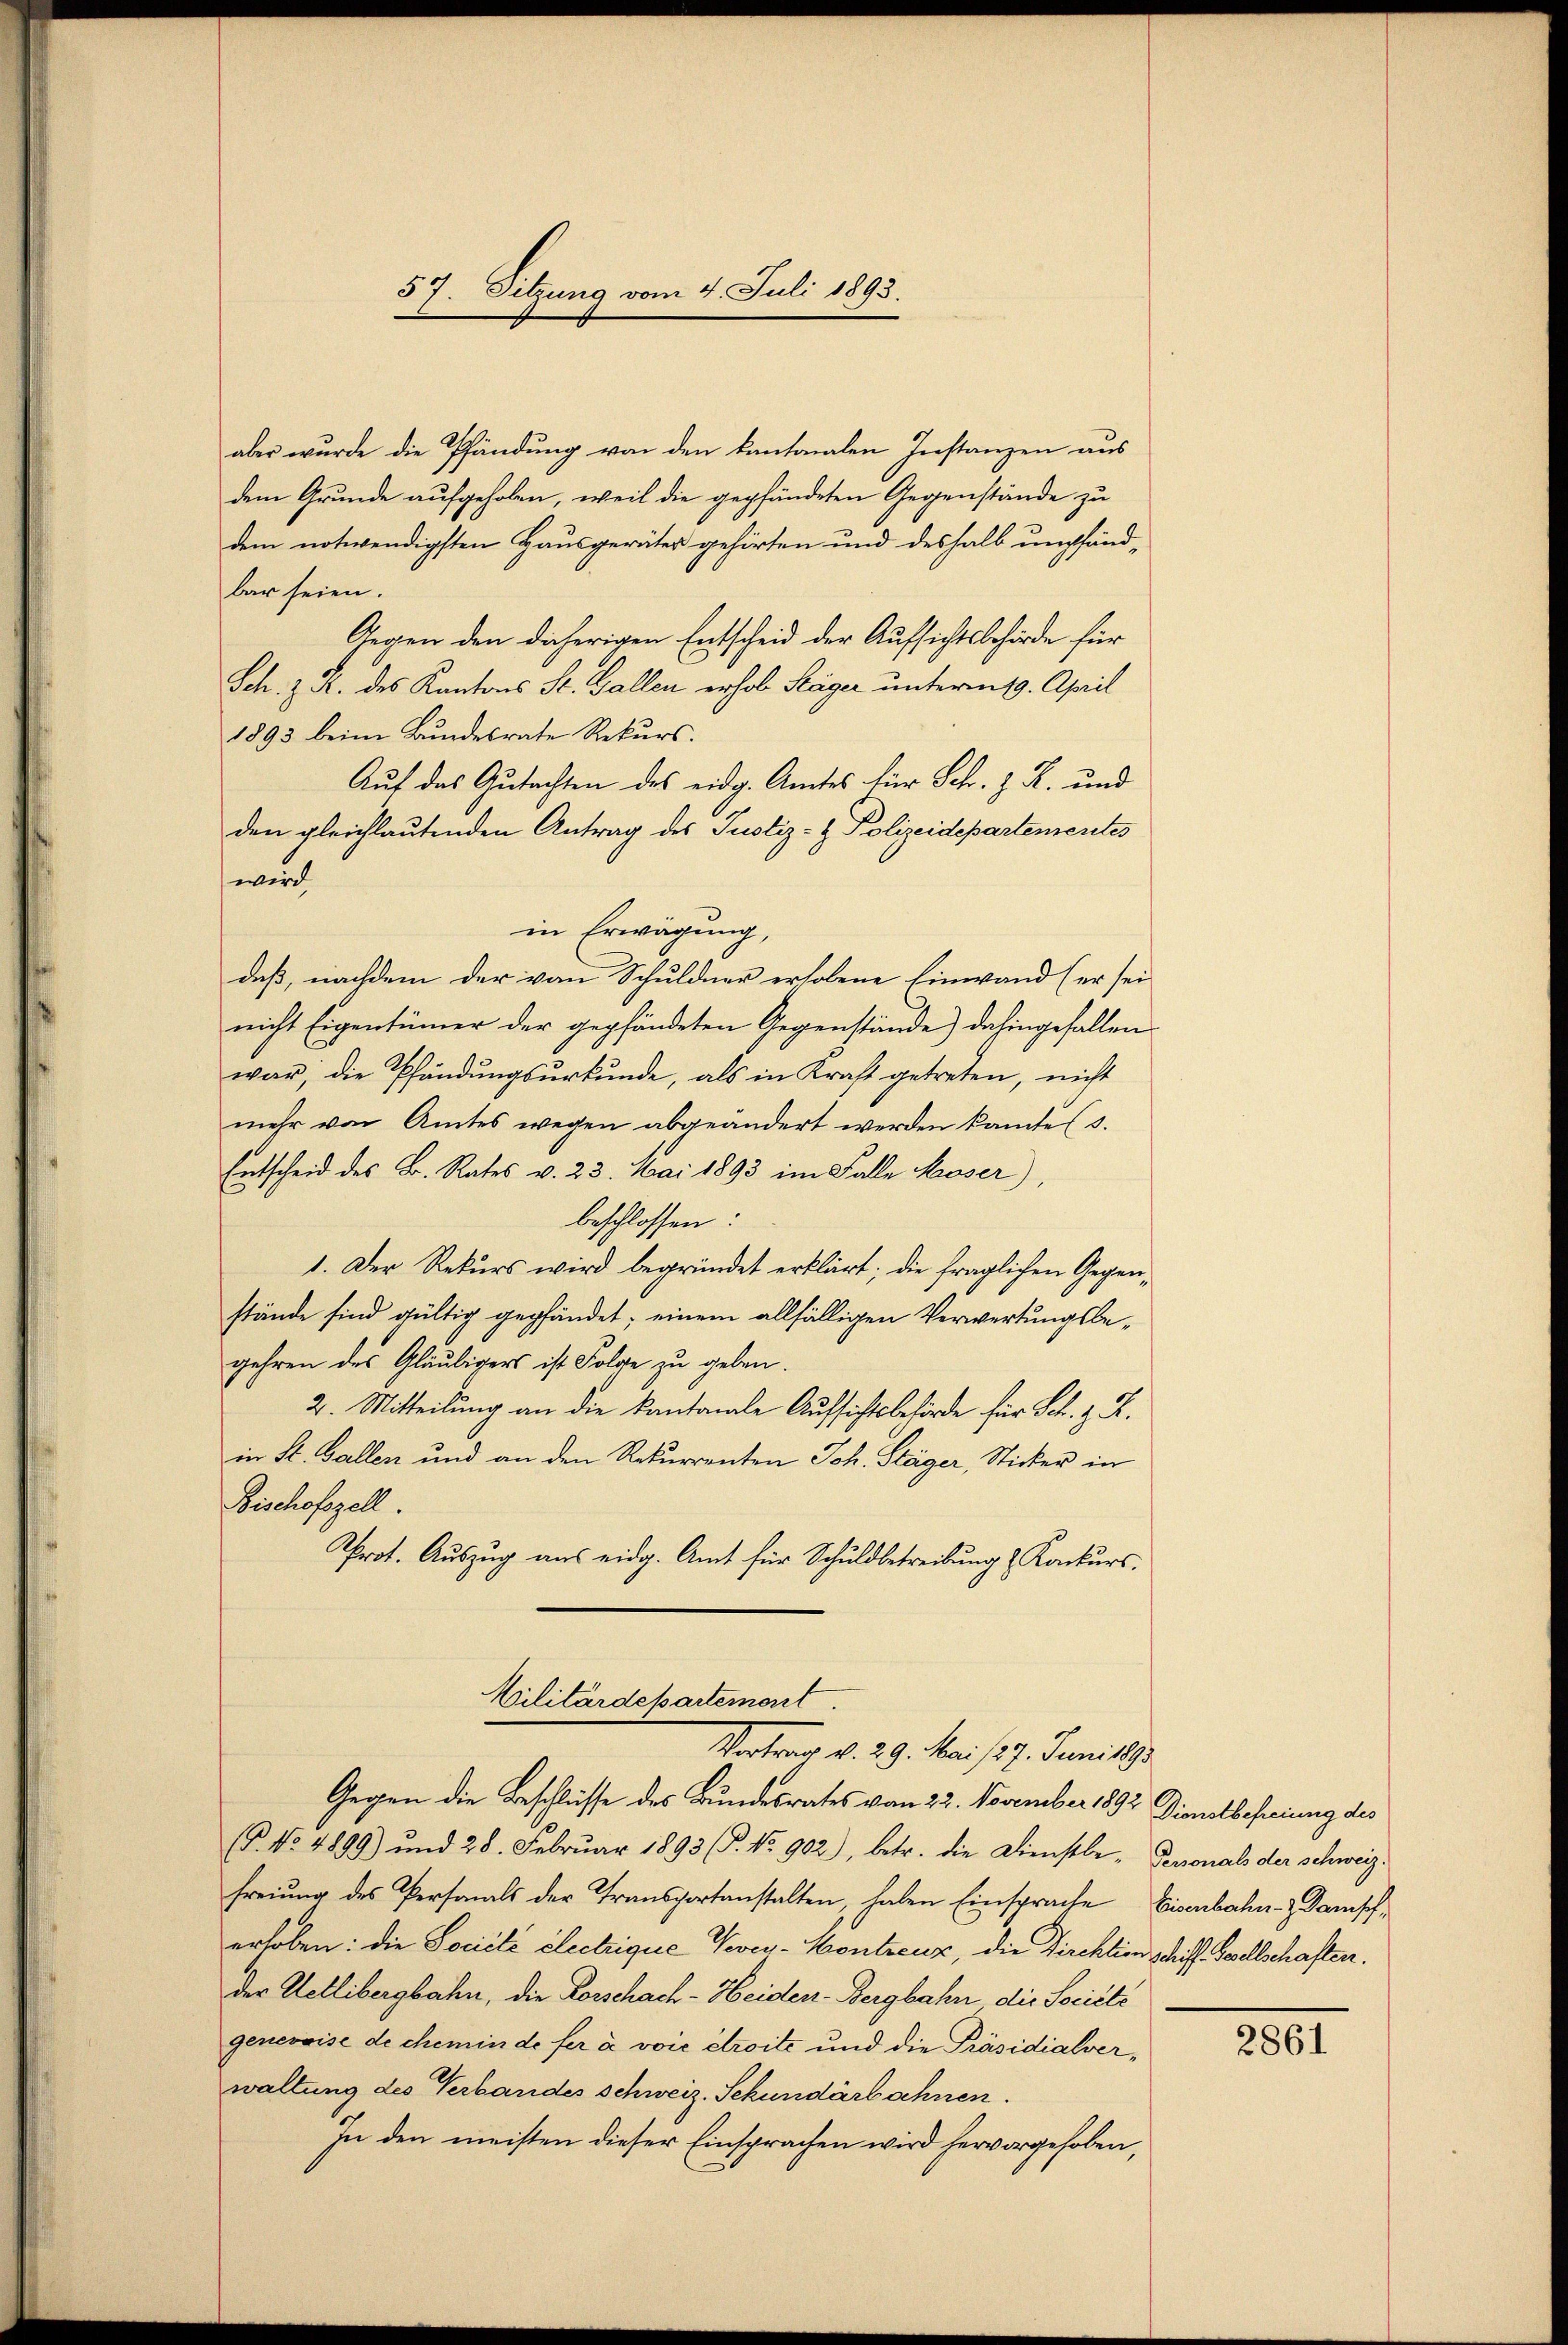
aber wurde die Pfändung von den kantonalen Instanzen aus
dem Grunde aufgeholen, weil die gepfändeten Gegenstände zu
dem notwendigsten Hausgeräter gehörten und deshalb umpfänd
bar seien.
Sch. z. B. des Kantons St. Gallen erhob Stäger unterm 19. April
1893 beim Bundesrate Rekurs.
Auf das Gutachten des eidg. Amtes für Sch. J. R. und
den gleichlautenden Antrag des Justiz- & Polizeidepartementes
wird
in Erwägung,
daß, nachdem der von Schuldner erhobene Einwand (er sei
nicht Eigentümer der gepfändeten Gegenstände) dahingefallen
war, die Pfändŭngsŭrkŭnde, als in Kraft getreten, nicht
mehr von Amtes wegen abgeändert werden kannte (s.
Entscheid des B. Rates v. 23. Mai 1893 im Falle Moser)
beschlossen:
1. Der Rekurs wird begründet erklärt; die fraglichen Gegenstände sind gültig gepfändet; einem allfälligen Verwertungsbegehren des Gläubigers ist Folge zu geben.
2. Mitteilung an die kantonale Aufsichtsbehörde für Schl. z. B.
in St. Gallen und an den Rekurrenten Joh. Stäger, Sticker in
Bischofszell
Prot. Auszug aus eidg. Amt für Schuldbetreibung & Konkurs.

57. Sitzung vom 4. Juli 1893.

Vilitärdepartement.
Vertrag d. 29. Mai 1827. Juni 1890

Gegen den daherigen Entscheid der Aufsichtsbehörde für

Gegen die Beschlüsse des Bundesrates vom 22. November 1892. Dienstbehreiung des
P. No. 4899) und 28. Februar 1893 (§. No 902), betr. die Dienstbe- Personals der schweiz.
freiung des Personals der Transportanstalten, haben Einsprache Eisenbahn- & Panisch,
erhoben: die Société électrigue Vevey-Kontreuz, die Direktion schiff. Gesellschaften.
der Uetlibergbahn, die Forschach-Heiden-Bergbahn die Société
genevoise de chemin de fer a voie étroite und die Präsidialver,
waltung des Verbandes schweiz. Sekundärbahnen.
In den meisten dieser Einsprachen wird hervorgehoben,

280